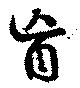
盲